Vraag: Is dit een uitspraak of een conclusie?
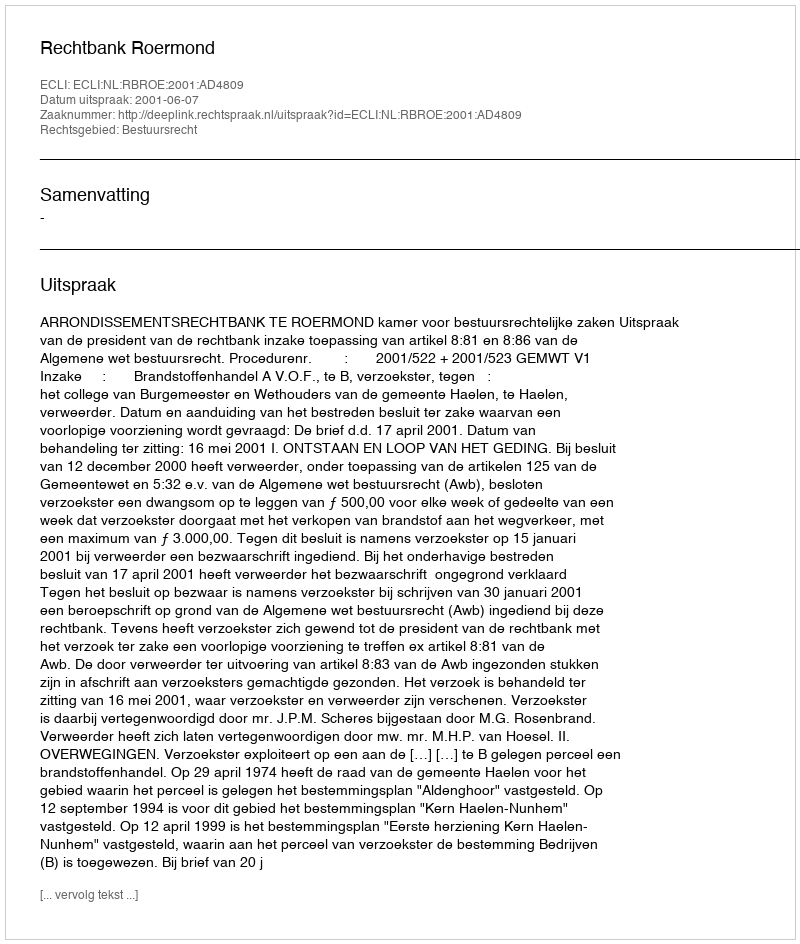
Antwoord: Uitspraak